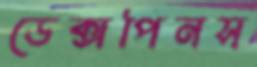
ডেক্সপিনস